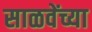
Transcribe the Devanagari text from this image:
साळवेंच्या